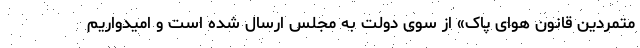
متمردین قانون هوای پاک» از سوی دولت به مجلس ارسال شده است و امیدواریم